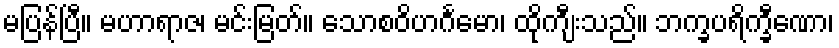
မပြန်ပြီ။ မဟာရာဇ၊ မင်းမြတ်။ သောစဝိဟင်္ဂမော၊ ထိုကျီးသည်။ ဘက္ခပရိက္ခီဏော၊